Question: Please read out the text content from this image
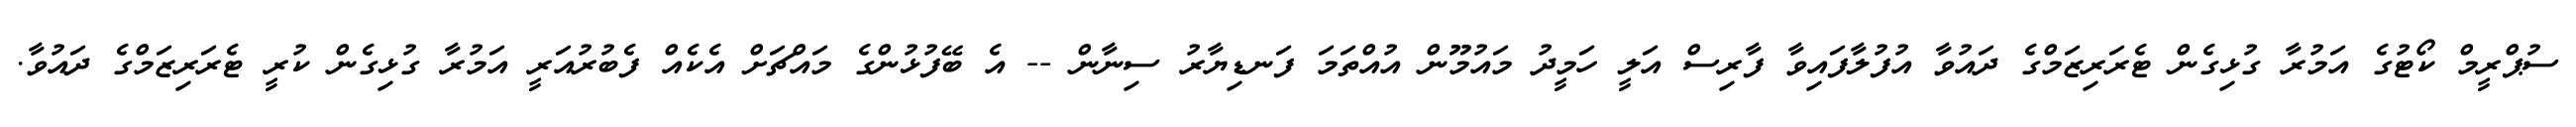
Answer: ސުޕްރީމް ކޯޓުގެ އަމުރާ ގުޅިގެން ޓެރަރިޒަމްގެ ދައުވާ އުފުލާފައިވާ ފާރިސް އަލީ ހަމީދު މައުމޫން އުއްތަމަ ފަނޑިޔާރު ސިނާން -- އެ ބޭފުޅުންގެ މައްޗަށް އެކެއް ފެބުރުއަރީ އަމުރާ ގުޅިގެން ކުރީ ޓެރަރިޒަމްގެ ދައުވާ.